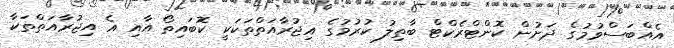
އެއްބަސްވުމުގެ ދަށުން ކޮންޓްރެކްޓް ބާތިލު ކުރުމުގެ އިޖުރާއަތްތަކަކީ ކޮބައިތޯ އާއި އެ އިޖުރާއަތްތަކާ